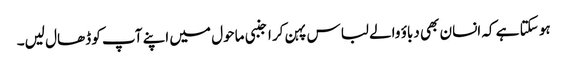
ہو سکتا ہے کہ انسان بھی دباؤ والے لباس پہن کر اجنبی ماحول میں اپنے آپ کو ڈھال لیں۔